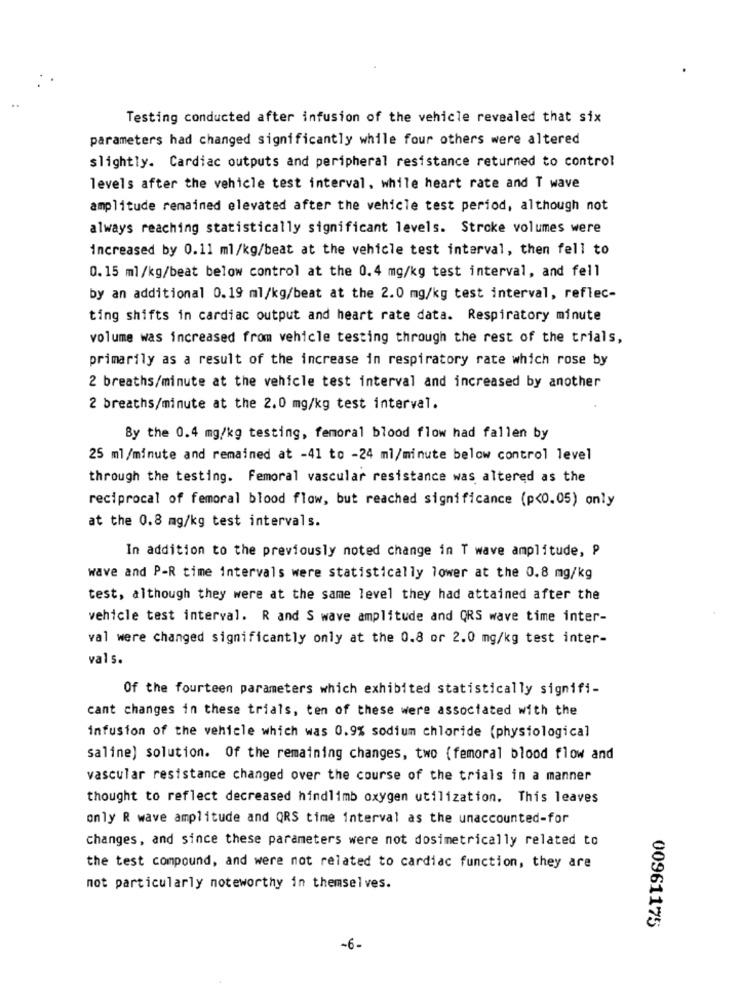
Testing conducted after infusion of the vehicle revealed that six
parameters had changed significantly while four others were altered
slightly. Cardiac outputs and peripheral resistance returned to control
levels after the vehicle test interval. while heart rate and T wave
amplitude remained elevated after the vehicle test period, although not
always reaching statistically significant levels. Stroke volumes were
increased by 0.11 ml/kg/beat at the vehicle test interval, then fell to
0. 15 ml/kg/beat below control at the 0.4 mg/kg test interval, and fell
by an additional 0.19 ml/kg/beat at the 2.0 mg/kg test interval, reflec-
ting shifts in cardiac output and heart rate data. Respiratory minute
volume was increased from vehicle testing through the rest of the trials,
primarily as a result of the increase in respiratory rate which rose by
2 breaths/minute at the vehicle test interval and increased by another
2 breaths/minute at the 2.0 mg/kg test interval.
By the 0.4 mg/kg testing, femoral blood flow had fallen by
25 ml/minute and remained at -41 to -24 ml/minute below control level
through the testing. Femoral vascular resistance was altered as the
reciprocal of femoral blood flow, but reached significance (p<0.05) only
at the 0.8 mg/kg test intervals.
In addition to the previously noted change in T wave amplitude, P
wave and P-R time intervals were statistically lower at the 0.8 mg/kg
test, although they were at the same level they had attained after the
vehicle test interval. R and S wave amplitude and QRS wave time inter-
val were changed significantly only at the 0.8 or 2.0 mg/kg test inter-
vals.
Of the fourteen parameters which exhibited statistically signifi-
cant changes in these trials, ten of these were associated with the
infusion of the vehicle which was 0.9% sodium chloride (physiological
saline) solution. Of the remaining changes, two (femoral blood flow and
vascular resistance changed over the course of the trials in a manner
thought to reflect decreased hindlimb oxygen utilization. This leaves
only R wave amplitude and QRS time interval as the unaccounted-for
changes, and since these parameters were not dosimetrically related to
the test compound, and were not related to cardiac function, they are
not particularly noteworthy in themselves.
00961175
-6.